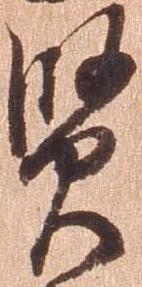
賢